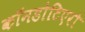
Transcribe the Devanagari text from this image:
कॉनडोटिएरो